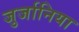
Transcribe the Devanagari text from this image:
जुर्जानिया